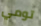
تومي